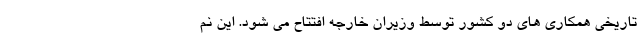
تاریخی همکاری های دو کشور توسط وزیران خارجه افتتاح می شود. این نم